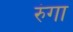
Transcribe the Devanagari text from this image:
रुंगा